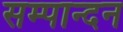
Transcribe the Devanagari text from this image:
सम्पान्दन